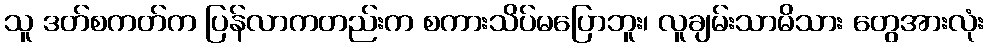
သူ ဒတ်စကတ်က ပြန်လာကတည်းက စကားသိပ်မပြောဘူး၊ လူချမ်းသာမိသား တွေအားလုံး